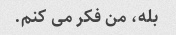
بله، من فکر می کنم.